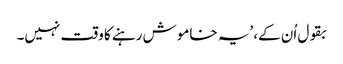
بقول اُن کے، ’یہ خاموش رہنے کا وقت نہیں۔